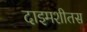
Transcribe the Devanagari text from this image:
दाइमशीतस